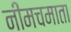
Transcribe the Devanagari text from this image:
नीमचमाता